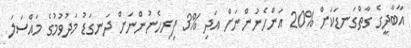
އާބާދީގެ ގާތްގަނޑަކަށް %20 އަންހެނުންނަށް އަދި %3 ފިރިހެނުންނަށް ދަނގަޑު މަދުވުމުގެ މައްސަލަ